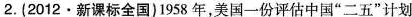
2.(2012·新课标全国)1958年，美国一份评估中国”二五”计划